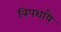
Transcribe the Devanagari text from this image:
त्रिपथायै